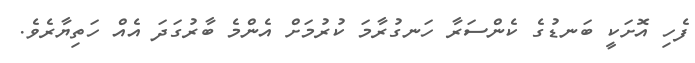
ފެހި އޮށަކީ ބަނޑުގެ ކެންސަރާ ހަނގުރާމަ ކުރުމަށް އެންމެ ބާރުގަދަ އެއް ހަތިޔާރެވެ.